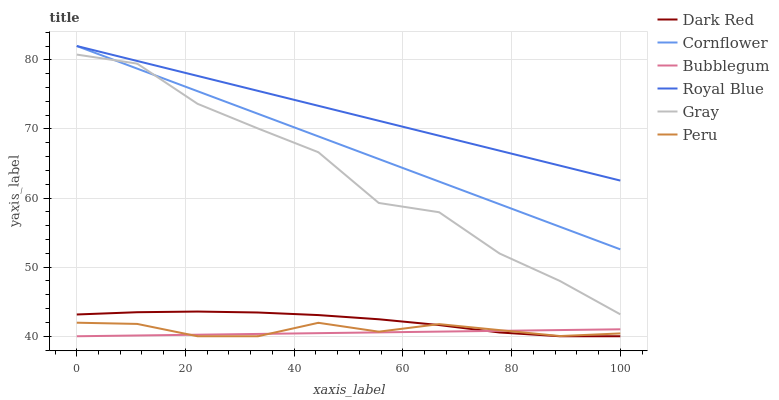
| xaxis_label | Dark Red | Cornflower | Bubblegum | Royal Blue | Gray | Peru |
 | --- | --- | --- | --- | --- | --- | --- |
 | 0 | 43.1 | 82 | 40 | 82 | 80.8 | 42 |
 | 11.1 | 43.5 | 78.7 | 40.1 | 79.8 | 79.5 | 41.8 |
 | 22.2 | 43.6 | 75.5 | 40.2 | 77.7 | 73.6 | 40 |
 | 33.3 | 43.4 | 72.2 | 40.3 | 75.5 | 70.1 | 40 |
 | 44.4 | 43.1 | 68.9 | 40.4 | 73.3 | 66.6 | 41.9 |
 | 55.6 | 42.5 | 65.7 | 40.6 | 71.2 | 59.3 | 40.7 |
 | 66.7 | 41.6 | 62.4 | 40.7 | 69 | 57.9 | 41.8 |
 | 77.8 | 40.5 | 59.1 | 40.8 | 66.9 | 52 | 40.9 |
 | 88.9 | 40 | 55.8 | 40.9 | 64.7 | 48 | 40 |
 | 100 | 40 | 52.6 | 41 | 62.5 | 43.2 | 40.4 |